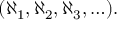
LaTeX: ( \aleph _ { 1 } , \aleph _ { 2 } , \aleph _ { 3 } , \ldots ) .